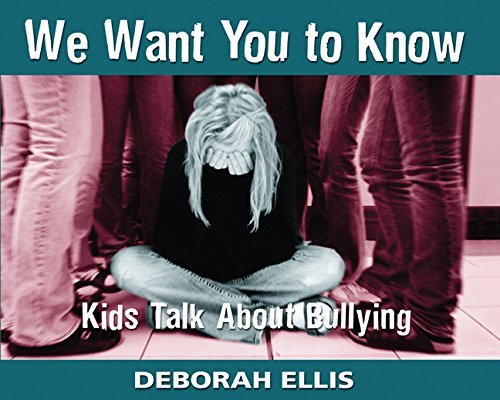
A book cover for We Want You to Know: Kids Talk About Bullying; Deborah Ellis; Teen & Young Adult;